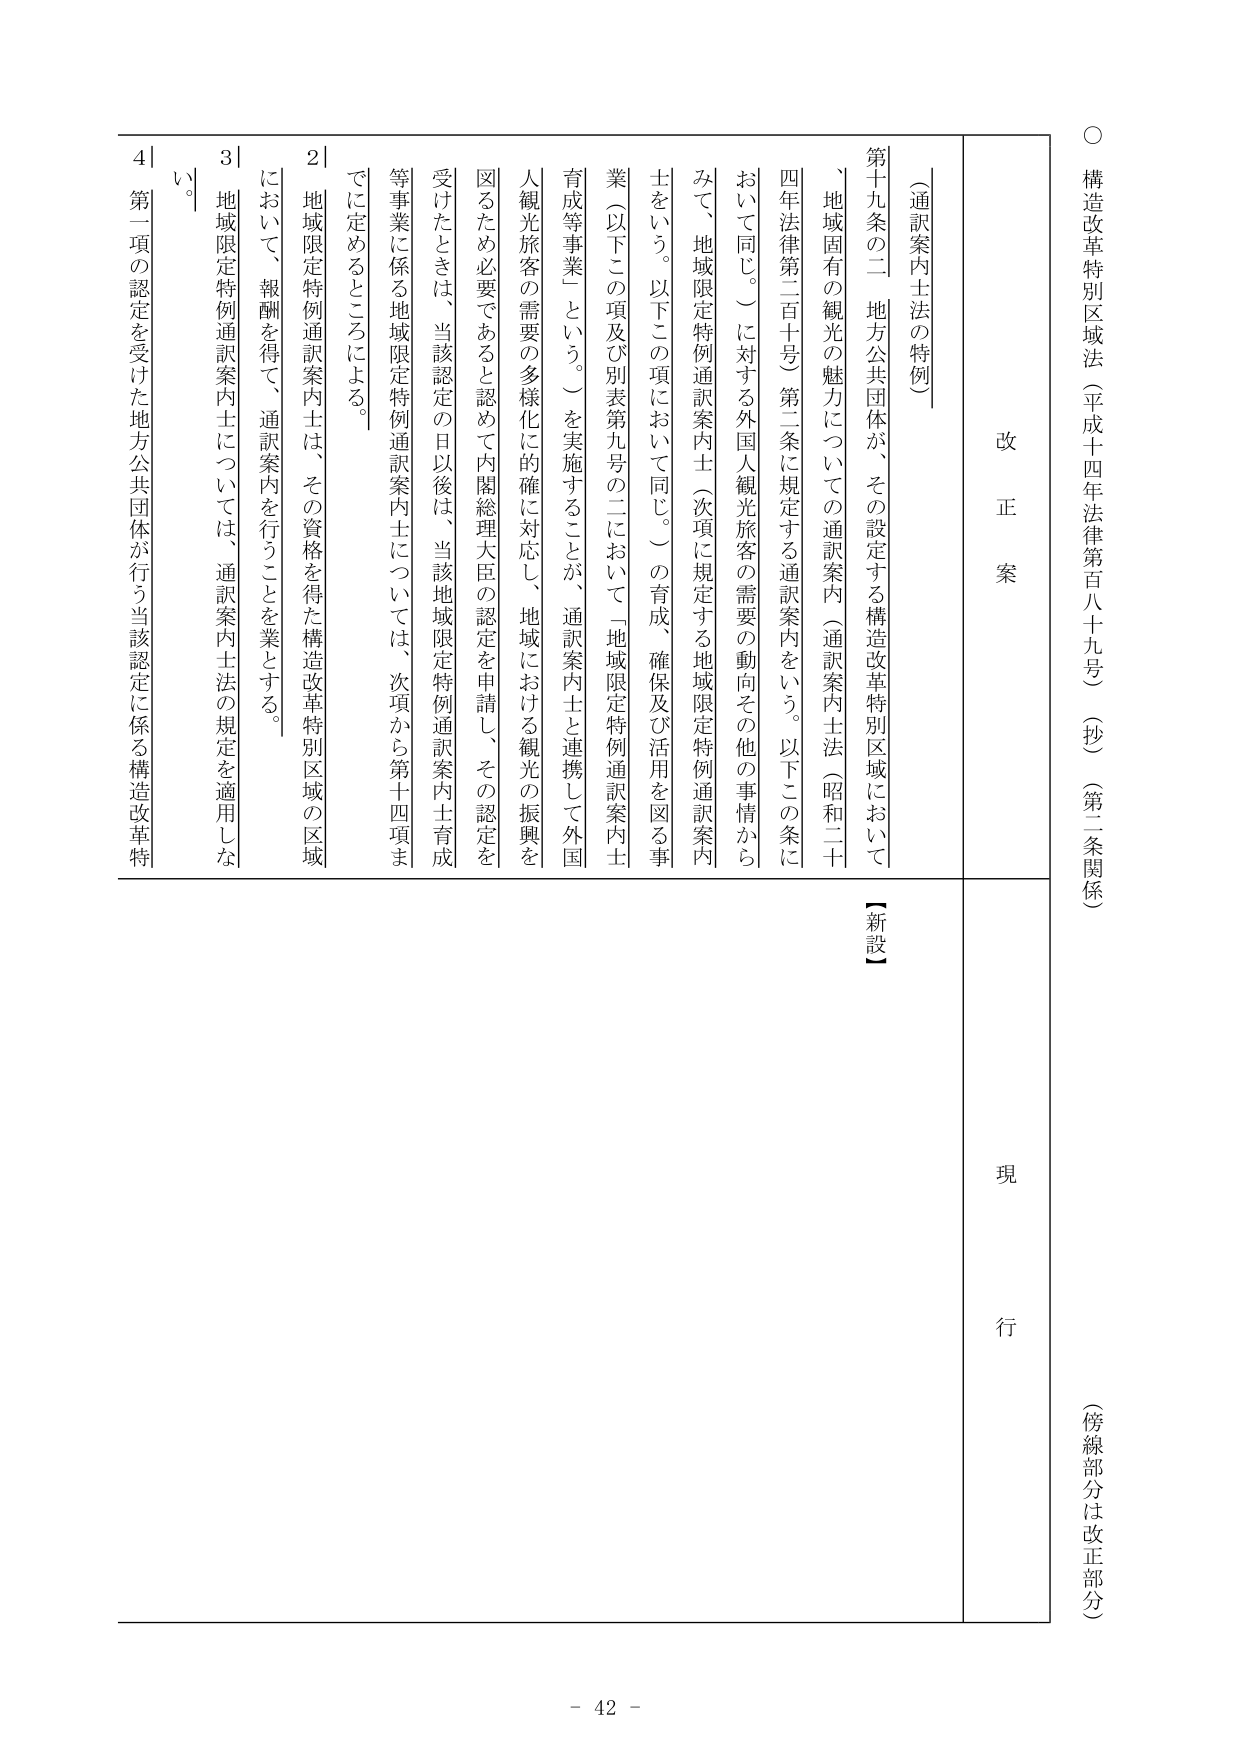
○ 構造改革特別区域法（平成十四年法律第百八十九号）（抄）（第二条関係）
（傍線部分は改正部分）

改正案
現行

（通訳案内士法の特例）
第十九条の二 地方公共団体が、その設定する構造改革特別区域において、地域固有の観光の魅力についての通訳案内（通訳案内士法（昭和二十四年法律第二百十号）第二条に規定する通訳案内をいう。以下この条において同じ。）に対する外国人観光旅客の需要の動向その他の事情からみて、地域限定特例通訳案内士（次項に規定する地域限定特例通訳案内士をいう。以下この項において同じ。）の育成、確保及び活用を図る事業（以下この項及び別表第九号の二において「地域限定特例通訳案内士育成等事業」という。）を実施することが、通訳案内士と連携して外国人観光旅客の需要の多様化に的確に対応し、地域における観光の振興を図るため必要であると認めて内閣総理大臣の認定を申請し、その認定を受けたときは、当該認定の日以後は、当該地域限定特例通訳案内士について、次項から第十四項までに定めるところによる。

2 地域限定特例通訳案内士は、その資格を得た構造改革特別区域の区域において、報酬を得て、通訳案内を行うことを業とする。

3 地域限定特例通訳案内士については、通訳案内士法の規定を適用しない。

4 第一項の認定を受けた地方公共団体が行う当該認定に係る構造改革特

【新設】

- 42 -